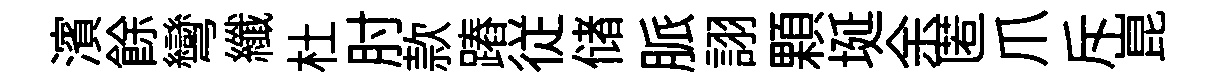
濱餘彎纖杜肘款蹖従储脈詡顆埏余匿爪斥崑